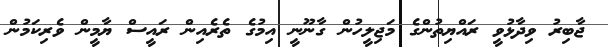
ޖާބިރު ވިދާޅުވީ ރައްޔިތުންގެ މަޖިލީހުން ގާނޫނީ އިމުގެ ތެރެއިން ރައީސް ޔާމީން ވެރިކަމުން